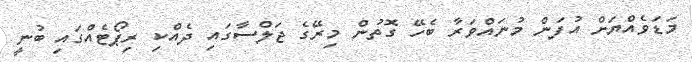
މަޑަވެއްޔަށް އުފަން މުނައްވަރާ ބެހޭ ގޮތުން މިރޭގެ ޖަލްސާގައި ދެއްކި ރިޕޯޓެއްގައި ބުނީ